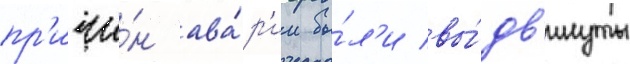
пр'ичи́н ава́р'ии бы́л'и вы́дв'инуты